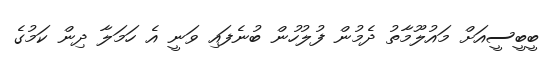
ބީބީސީއަށް މައުލޫމާތު ދެމުން ފުލުހުން ބުނެފައި ވަނީ އެ ހަމަލާ ދިން ކަމުގެ